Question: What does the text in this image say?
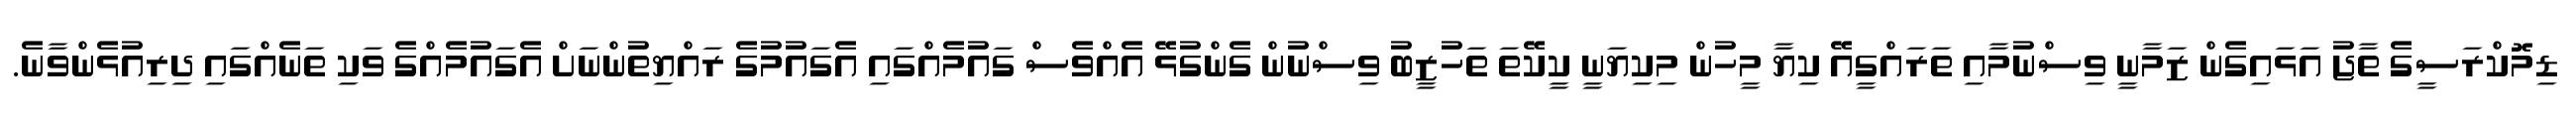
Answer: ޑިމޮކްރަސީގެ ތާޖު އަޅައިގެން ޒަމާނީ ވިސްނުމާއި ތަރައްގީއޭ ކިޔާ މީހުން މިކިޔަނީ ކީކޭތަ ތަހުޒީބު ވިސްނުން ގެންގުޅޭ އެއްވެސް ގައުމެއްގައި އެގައުމުގެ ރައްޔިތުންނަށް އެގައުމެއްގެ ވަކި ތަނެއްގައި ދިރިއުޅެންވާނެ.